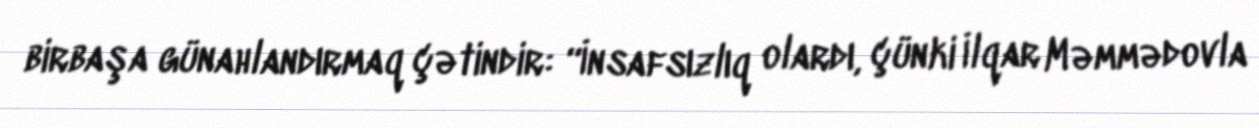
birbaşa günahlandırmaq çətindir: “İnsafsızlıq olardı, çünki İlqar Məmmədovla